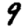
Digit: 9